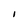
Character: I